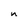
Character: n